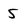
Character: 5